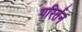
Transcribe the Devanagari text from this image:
परिर्तन